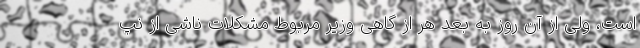
است، ولی از آن روز به بعد هر از گاهی وزیر مربوط مشکلات ناشی از نپ